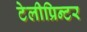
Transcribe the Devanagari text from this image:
टेलीप्रिन्टर